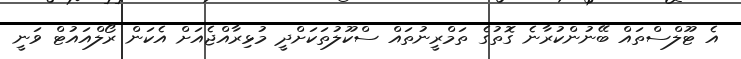
އެ ޓޫލްސްތައް ބޭނުންކުރާނެ ގޮތުގެ ތަމްރީނުތައް ސްކޫލުތަކަށްދީ މުޅިރާއްޖެއަށް އެކަން ރޯލްއައުޓް ވަނީ